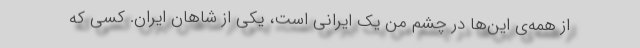
از همه‌ی این‌ها در چشم من یک ایرانی است، یکی از شاهان ایران. کسی که